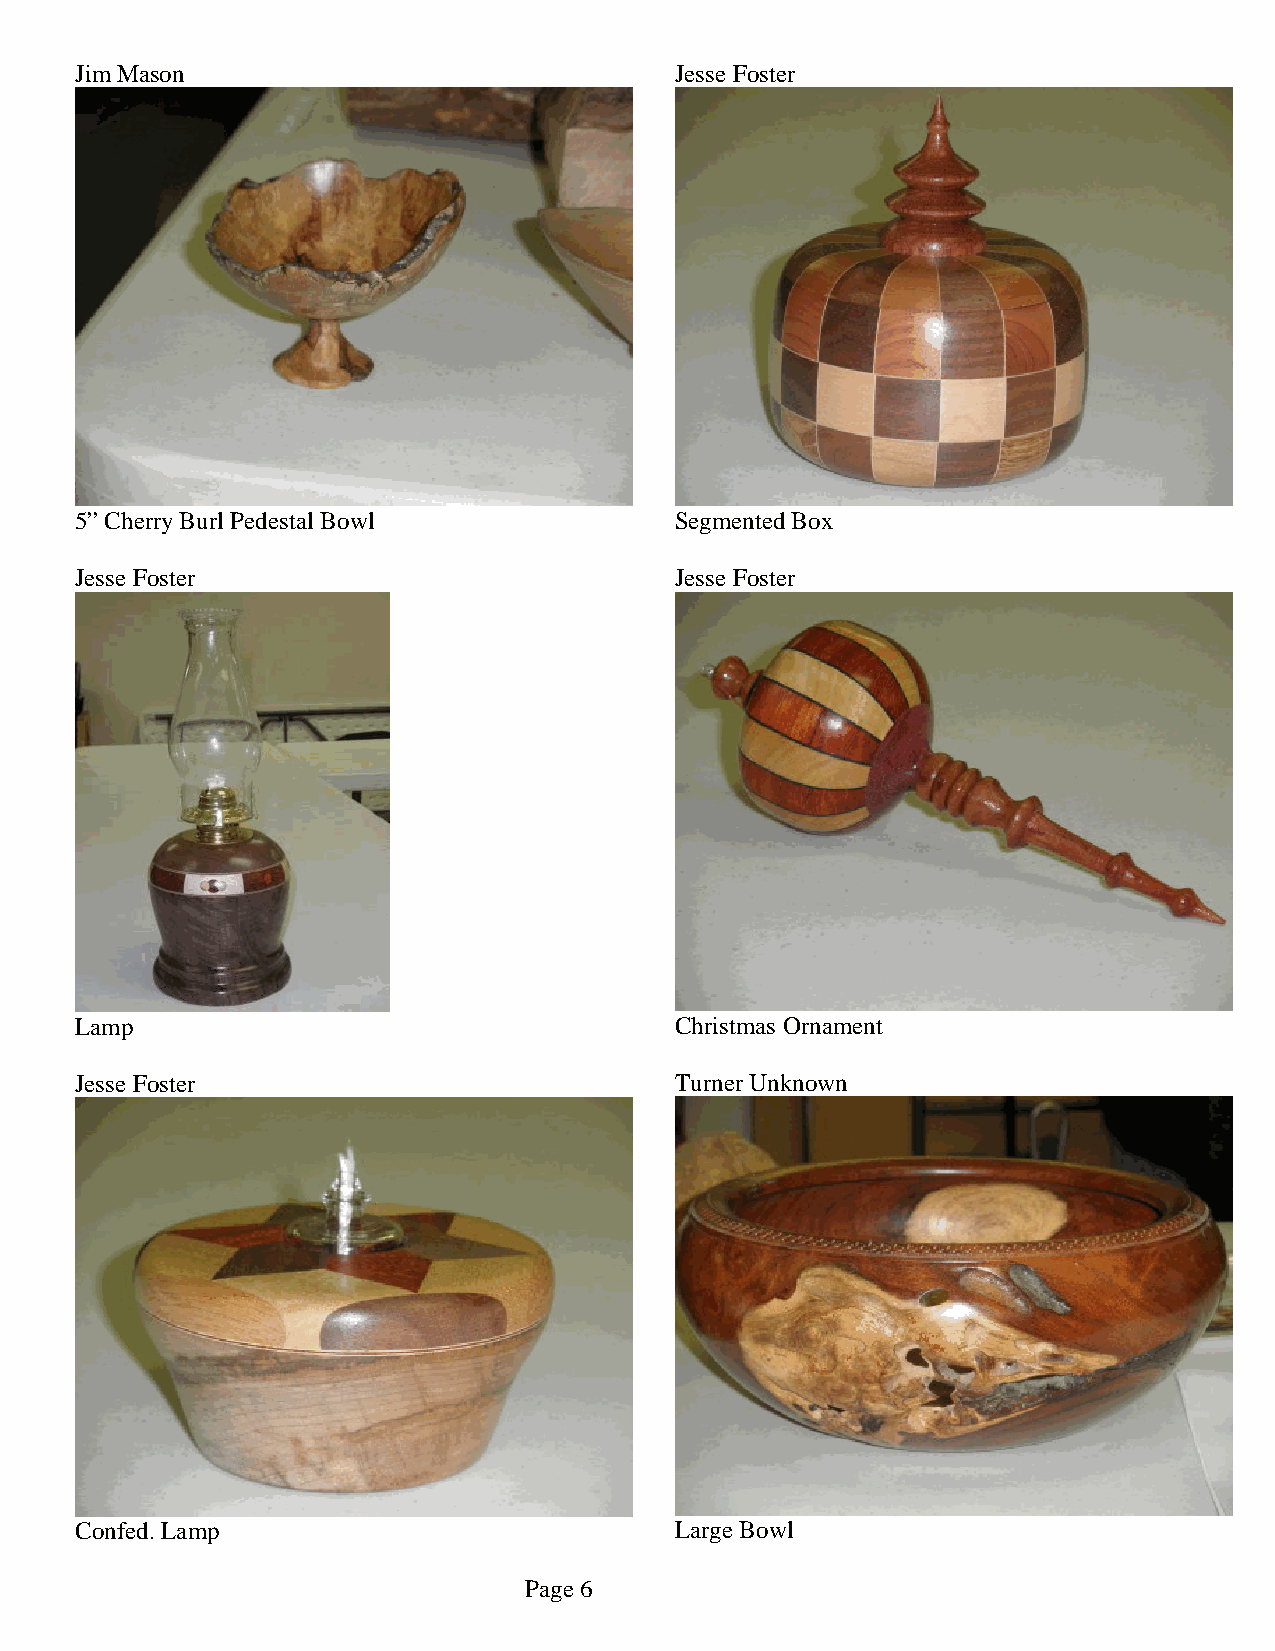
Jim Mason                               Jesse Foster
 5” Cherry Burl Pedestal Bowl            Segmented Box
 Jesse Foster                            Jesse Foster
 Lamp                                    Christmas Ornament
 Jesse Foster                            Turner Unknown
 Confed. Lamp                            Large Bowl
 Page 6